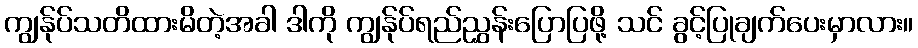
ကျွန်ုပ်သတိထားမိတဲ့အခါ ဒါကို ကျွန်ုပ်ရည်ညွှန်းပြောပြဖို့ သင် ခွင့်ပြုချက်ပေးမှာလား။